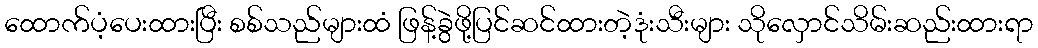
ထောက်ပံ့ပေးထားပြီး စစ်သည်များထံ ဖြန့်ခွဲဖို့ပြင်ဆင်ထားတဲ့ဒုံးသီးများ သိုလှောင်သိမ်းဆည်းထားရာ